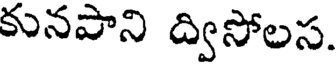
కునపాని ద్విసోలస.